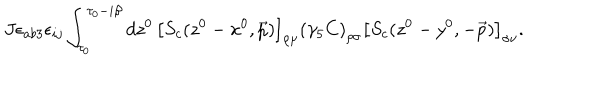
J \epsilon _ { a b 3 } \epsilon _ { i j } \int _ { \tau _ { 0 } } ^ { \tau _ { 0 } - i \beta } d z ^ { 0 } \, \left[ S _ { c } ( z ^ { 0 } - x ^ { 0 } , \vec { p } ) \right] _ { \rho \mu } \left( \gamma _ { 5 } C \right) _ { \rho \sigma } \left[ S _ { c } ( z ^ { 0 } - y ^ { 0 } , - \vec { p } ) \right] _ { \sigma \nu } .